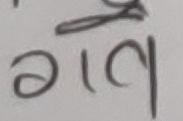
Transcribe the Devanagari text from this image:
गाव